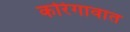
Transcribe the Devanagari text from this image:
कोरेगावात